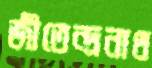
জীতেন্দ্রনাথ